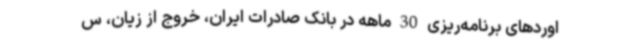
اوردهای برنامه‌ریزی 30 ماهه در بانک صادرات ایران، خروج از زیان، س